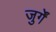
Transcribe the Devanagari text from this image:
जुर्गें